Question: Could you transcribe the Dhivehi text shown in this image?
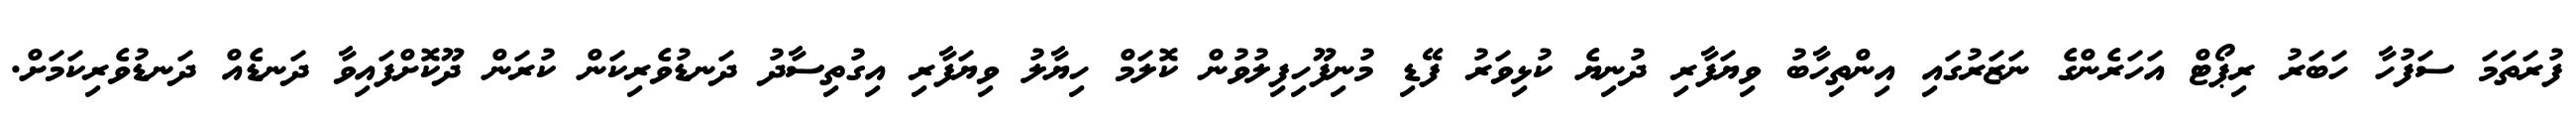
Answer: ފުރަތަމަ ސަފުހާ ހަބަރު ރިޕޯޓް އަހަރެންގެ ނަޒަރުގައި އިންތިހާބު ވިޔަފާރި ދުނިޔެ ކުޅިވަރު ފޭޑި މުނިފޫހިފިލުވުން ކޮލަމް ހިޔާލު ވިޔަފާރި އިގުތިސާދު ދަނޑުވެރިކަން ކުރަން ދޫކޮށްފައިވާ ދަނޑެއް ދަނޑުވެރިކަމަށް.